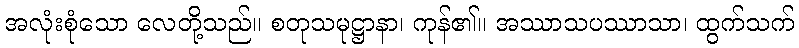
အလုံးစုံသော လေတို့သည်။ စတုသမုဋ္ဌာနာ၊ ကုန်၏။ အဿာသပဿာသာ၊ ထွက်သက်